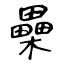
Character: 櫐